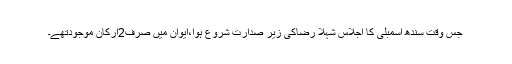
جس وقت سندھ اسمبلی کا اجلاس شہلا رضاکی زیر صدارت شروع ہوا،ایوان میں صرف2ارکان موجودتھے۔